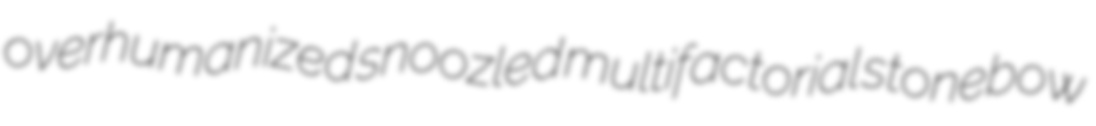
overhumanized snoozled multifactorial stonebow